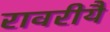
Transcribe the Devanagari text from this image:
रावरीयै